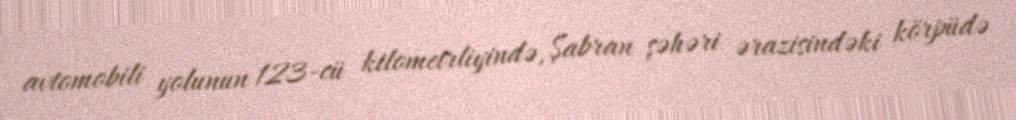
avtomobili yolunun 123-cü kilometrliyində, Şabran şəhəri ərazisindəki körpüdə